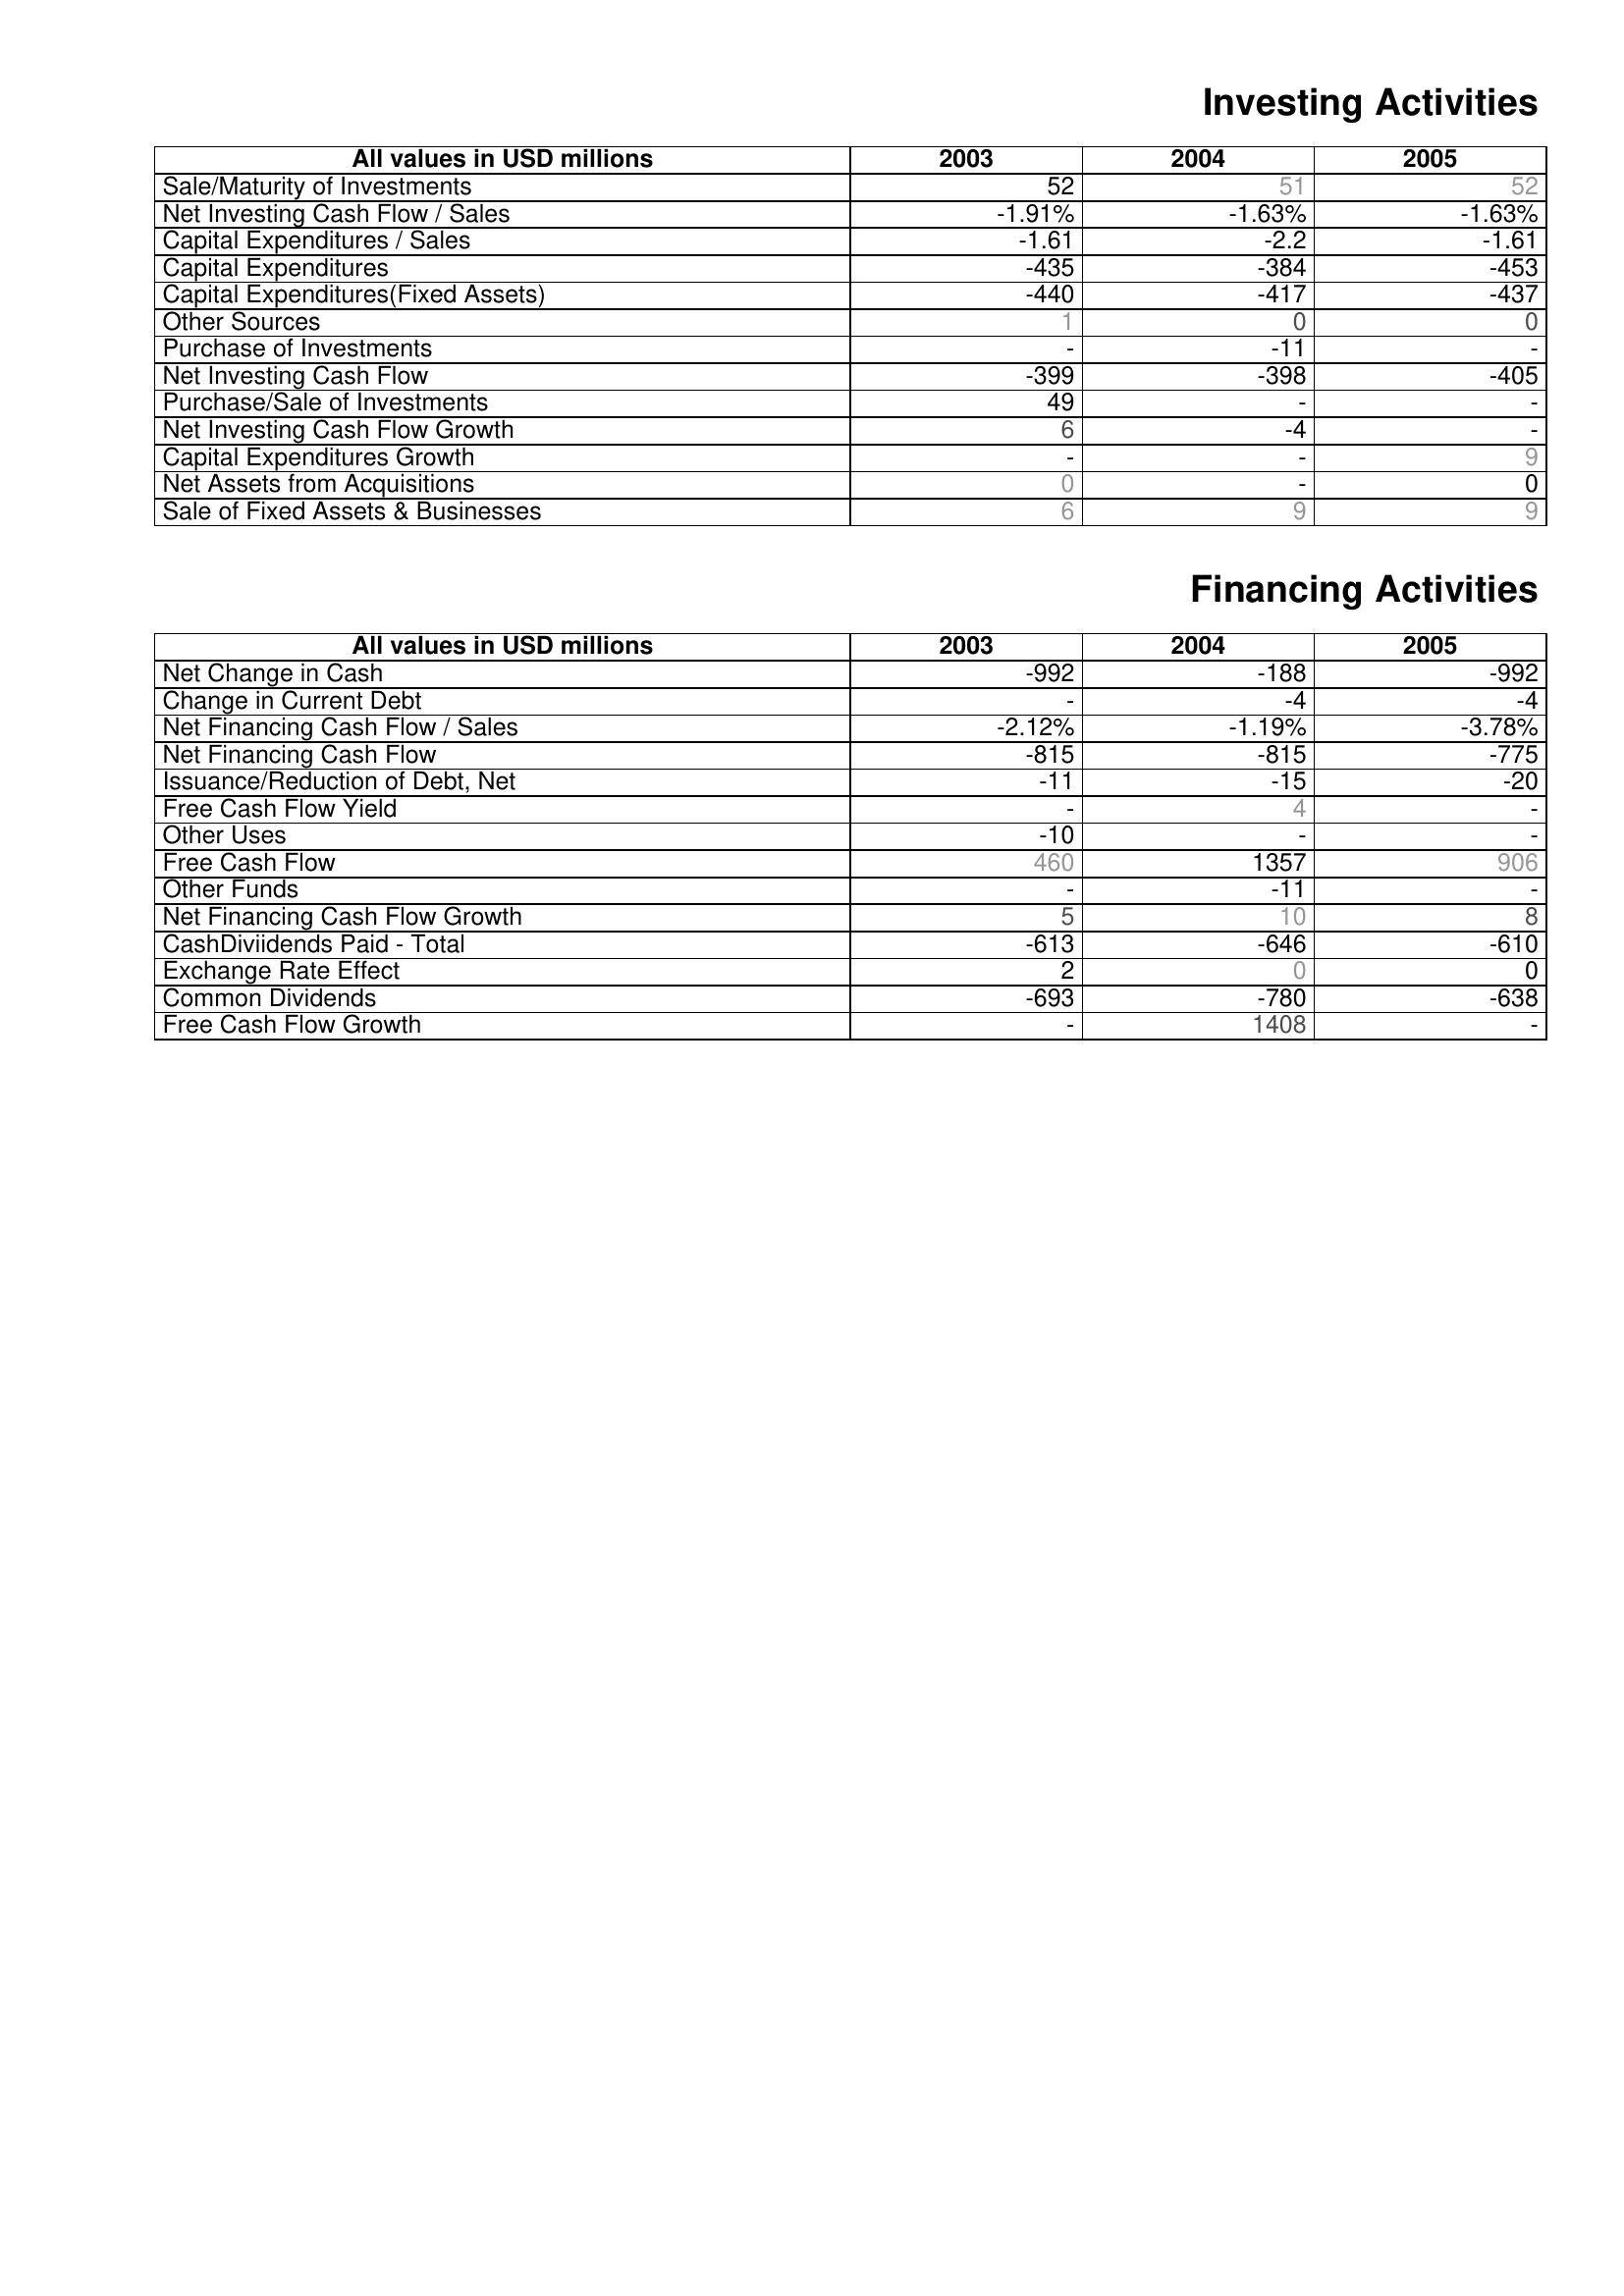
2003: Investing Activities: Sale/Maturity of Investments: 52
Net Investing Cash Flow / Sales: -1.91%
Capital Expenditures / Sales: -1.61
Capital Expenditures: -435
Capital Expenditures(Fixed Assets): -440
Other Sources: 1
Purchase of Investments: -
Net Investing Cash Flow: -399
Purchase/Sale of Investments: 49
Net Investing Cash Flow Growth: 6
Capital Expenditures Growth: -
Net Assets from Acquisitions: 0
Sale of Fixed Assets & Businesses: 6
Financing Activities: Net Change in Cash: -992
Change in Current Debt: -
Net Financing Cash Flow / Sales: -2.12%
Net Financing Cash Flow: -815
Issuance/Reduction of Debt, Net: -11
Free Cash Flow Yield: -
Other Uses: -10
Free Cash Flow: 460
Other Funds: -
Net Financing Cash Flow Growth: 5
CashDiviidends Paid - Total: -613
Exchange Rate Effect: 2
Common Dividends: -693
Free Cash Flow Growth: -
2004: Investing Activities: Sale/Maturity of Investments: 51
Net Investing Cash Flow / Sales: -1.63%
Capital Expenditures / Sales: -2.2
Capital Expenditures: -384
Capital Expenditures(Fixed Assets): -417
Other Sources: 0
Purchase of Investments: -11
Net Investing Cash Flow: -398
Purchase/Sale of Investments: -
Net Investing Cash Flow Growth: -4
Capital Expenditures Growth: -
Net Assets from Acquisitions: -
Sale of Fixed Assets & Businesses: 9
Financing Activities: Net Change in Cash: -188
Change in Current Debt: -4
Net Financing Cash Flow / Sales: -1.19%
Net Financing Cash Flow: -815
Issuance/Reduction of Debt, Net: -15
Free Cash Flow Yield: 4
Other Uses: -
Free Cash Flow: 1357
Other Funds: -11
Net Financing Cash Flow Growth: 10
CashDiviidends Paid - Total: -646
Exchange Rate Effect: 0
Common Dividends: -780
Free Cash Flow Growth: 1408
2005: Investing Activities: Sale/Maturity of Investments: 52
Net Investing Cash Flow / Sales: -1.63%
Capital Expenditures / Sales: -1.61
Capital Expenditures: -453
Capital Expenditures(Fixed Assets): -437
Other Sources: 0
Purchase of Investments: -
Net Investing Cash Flow: -405
Purchase/Sale of Investments: -
Net Investing Cash Flow Growth: -
Capital Expenditures Growth: 9
Net Assets from Acquisitions: 0
Sale of Fixed Assets & Businesses: 9
Financing Activities: Net Change in Cash: -992
Change in Current Debt: -4
Net Financing Cash Flow / Sales: -3.78%
Net Financing Cash Flow: -775
Issuance/Reduction of Debt, Net: -20
Free Cash Flow Yield: -
Other Uses: -
Free Cash Flow: 906
Other Funds: -
Net Financing Cash Flow Growth: 8
CashDiviidends Paid - Total: -610
Exchange Rate Effect: 0
Common Dividends: -638
Free Cash Flow Growth: -